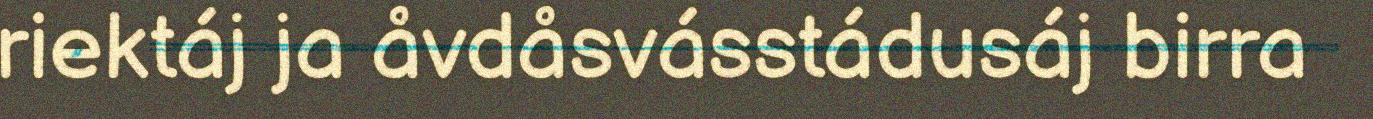
riektáj ja åvdåsvásstádusáj birra